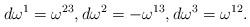
LaTeX: \begin{align*}d\omega^1=\omega^{23},d\omega^2=-\omega^{13},d\omega^3=\omega^{12}.\end{align*}